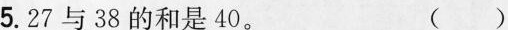
5.27与38的和是40。 ()